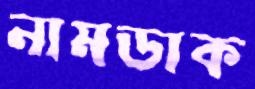
নামডাক